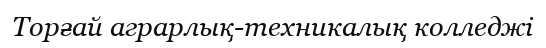
Торғай аграрлық-техникалық колледжі